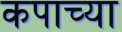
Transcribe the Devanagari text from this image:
कपाच्या